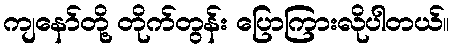
ကျနော်တို့ တိုက်တွန်း ပြောကြားလိုပါတယ်။